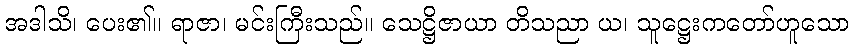
အဒါသိ၊ ပေး၏။ ရာဇာ၊ မင်းကြီးသည်။ သေဋ္ဌိဇာယာ တိသညာ ယ၊ သူဋ္ဌေးကတော်ဟူသော